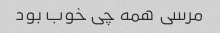
مرسی همه چی خوب بود